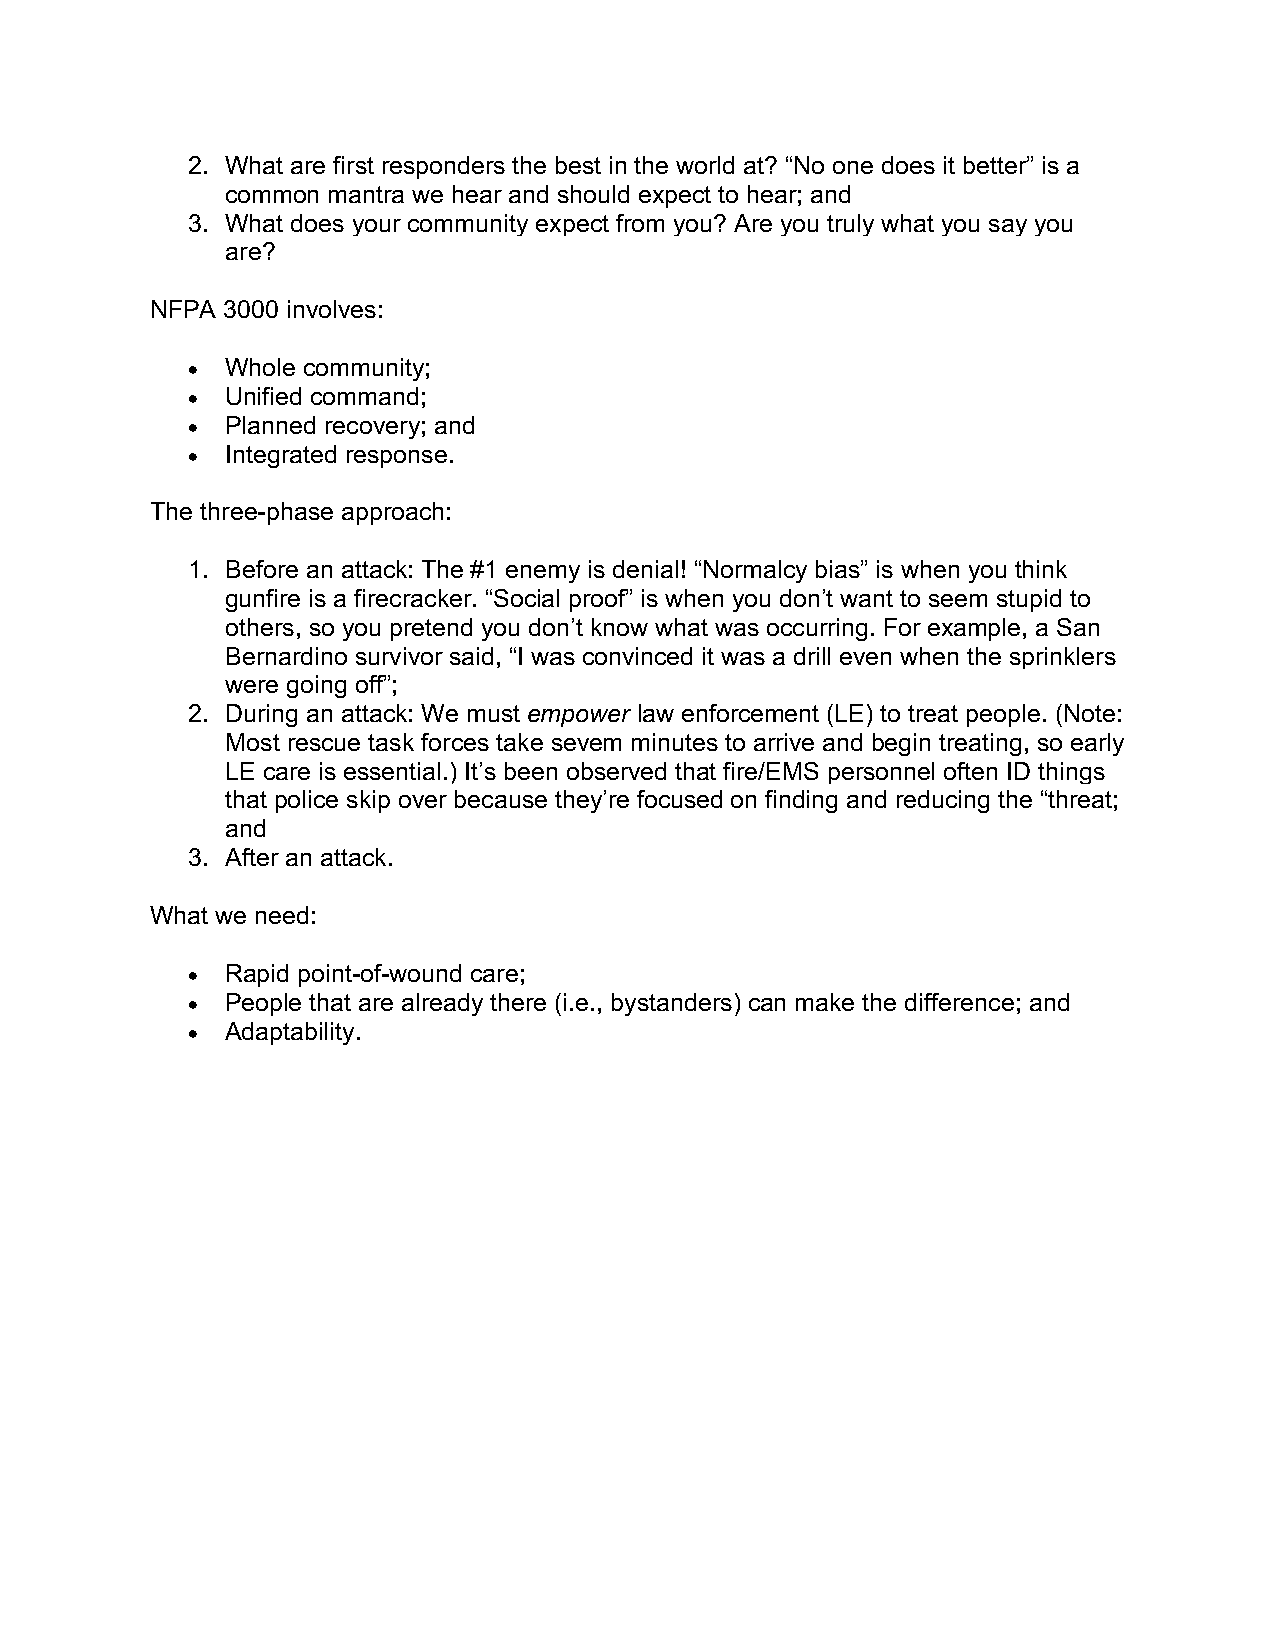
2. What are first responders the best in the world at? “No one does it better” is a
 common mantra we hear and should expect to hear; and
 3. What does your community expect from you? Are you truly what you say you
 are?
 NFPA 3000 involves:
 •  Whole community;
 •  Unified command;
 •  Planned recovery; and
 •  Integrated response.
 The three-phase approach:
 1. Before an attack: The #1 enemy is denial! “Normalcy bias” is when you think
 gunfire is a firecracker. “Social proof” is when you don’t want to seem stupid to
 others, so you pretend you don’t know what was occurring. For example, a San
 Bernardino survivor said, “I was convinced it was a drill even when the sprinklers
 were going off”;
 2. During an attack: We must empower law enforcement (LE) to treat people. (Note:
 Most rescue task forces take sevem minutes to arrive and begin treating, so early
 LE care is essential.) It’s been observed that fire/EMS personnel often ID things
 that police skip over because they’re focused on finding and reducing the “threat;
 and
 3. After an attack.
 What we need:
 •  Rapid point-of-wound care;
 •  People that are already there (i.e., bystanders) can make the difference; and
 •  Adaptability.